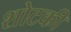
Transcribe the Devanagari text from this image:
शोटकी